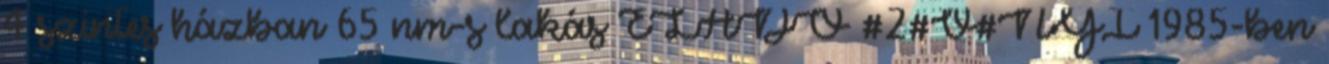
4 szintes házban 65 nm-s lakás ELADÓ #2#V#NYI 1985-ben